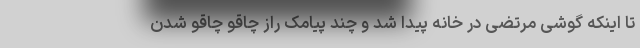
تا اینکه گوشی مرتضی در خانه پیدا شد و چند پیامک راز چاقو چاقو شدن